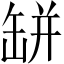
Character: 缾